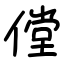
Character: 㑽